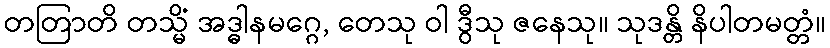
တတြာတိ တသ္မိံ အဒ္ဓါနမဂ္ဂေ, တေသု ဝါ ဒွီသု ဇနေသု။ သုဒန္တိ နိပါတမတ္တံ။